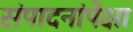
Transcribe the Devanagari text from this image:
संपादनांपेक्षा